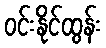
ဝင်းနိုင်ထွန်း